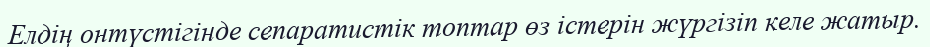
Елдің онтүстігінде сепаратистік топтар өз істерін жүргізіп келе жатыр.